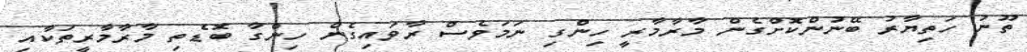
ތޫނު ހަތިޔާރު ބޭނުންކޮށްގެން މާރާމާރީ ހިންގި ނަމަވެސް ރާވައިގެން ހިންގާ ބޮޑެތި މާރާމާރީތަކާއި